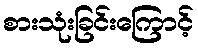
စားသုံးခြင်းကြောင့်